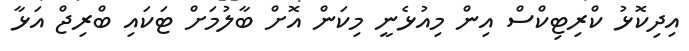
އިދިކޮޅު ކްރިޓިކްސް އިން މިއުޅެނީ މިކަން އޮށް ބާލުމަށް ޓަކައި ބްރިޖް އަޅާ